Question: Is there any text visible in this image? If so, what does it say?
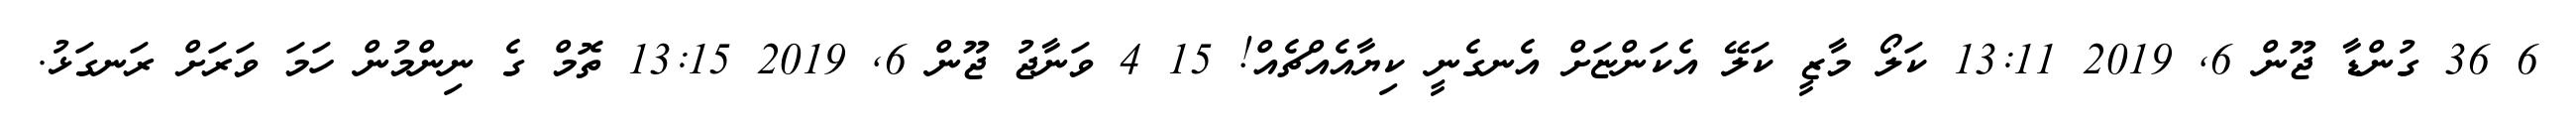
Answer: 6 36 ގުންޑާ ޖޫން 6, 2019 13:11 ކަލޯ މާޒީ ކަލޭ އެކަންޏަށް އެނގެނީ ކިޔާއެއްޗެއް! 15 4 ވަނާޖު ޖޫން 6, 2019 13:15 ތޮމް ގެ ނިންމުން ހަމަ ވަރަށް ރަނގަޅު.